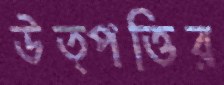
উত্পত্তির